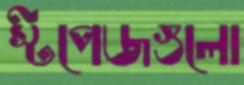
স্টপেজগুলো